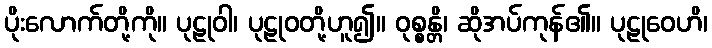
ပိုးလောက်တို့ကို။ ပုဠုဝါ၊ ပုဠုဝတို့ဟူ၍။ ဝုစ္စန္တိ၊ ဆိုအပ်ကုန်၏။ ပုဠုဝေဟိ၊